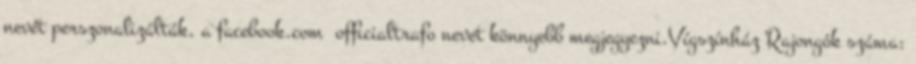
nevét perszonalizálták, a facebook.com ofﬁcialtrafo nevet könnyebb megjegyezni.Vígszínház Rajongók száma: